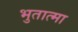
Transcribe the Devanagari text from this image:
भुतात्मा